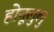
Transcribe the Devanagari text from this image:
होनूलुलु